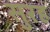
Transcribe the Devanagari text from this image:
सुरह